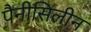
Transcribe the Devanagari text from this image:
पैनीसिलीन